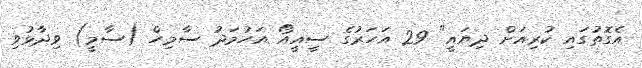
އެގޮތުގައި ކުރިއަށް ދިޔައީ" 29 އަހަރުގެ ސީއީއޯ އަހުމަދު ސާމިހް (ސާމީ) ވިދާޅުވި